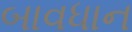
બાવધાન